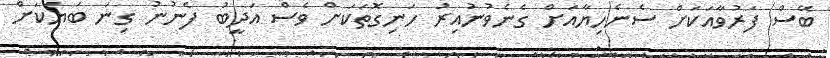
ބޭސް ފަރުވާއަކަށް ސެނެހިޔާއަށް ގެނެވުނުއިރު ހަނިގޮތަކަށް ވެސް އަދީބު ފެނުނު ގިނަ ބަޔަކަށް